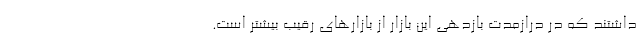
داشتند که در درازمدت بازدهی این بازار از بازارهای رقیب بیشتر است.